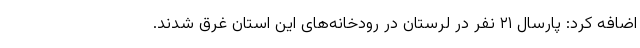
اضافه کرد: پارسال ۲۱ نفر در لرستان در رودخانه‌های این استان غرق شدند.